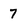
Character: 7